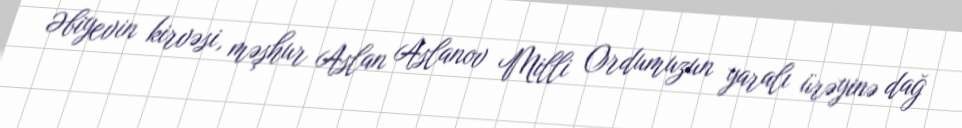
Əbiyevin kirvəsi, məşhur Aslan Aslanov Milli Ordumuzun yaralı ürəyinə dağ